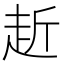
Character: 赾